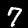
Digit: 7